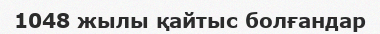
1048 жылы қайтыс болғандар